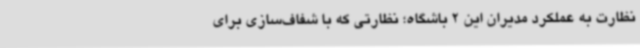
نظارت به عملکرد مدیران این 2 باشگاه؛ نظارتی که با شفاف‌سازی برای